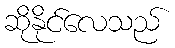
ဆိုနိုင်လေသည်